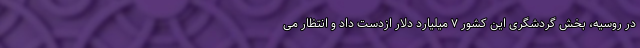
در روسیه، بخش گردشگری این کشور ۷ میلیارد دلار ازدست داد و انتظار می